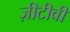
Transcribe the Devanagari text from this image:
ज़ीटीवी